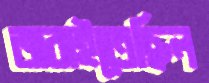
জরাইতেছিল